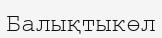
Балықтыкөл